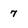
Character: 7